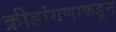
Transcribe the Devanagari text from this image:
क्रीडांगणाकडून